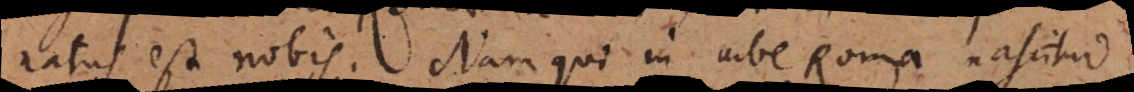
natus est nobis. Nam qui in urbe Roma nascitur